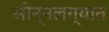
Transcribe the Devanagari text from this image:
सोन्नलग्यात